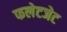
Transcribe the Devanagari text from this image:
फलेटजेट